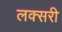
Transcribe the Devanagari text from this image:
लक्सरी